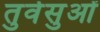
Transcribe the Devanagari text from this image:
तुर्वसुओं